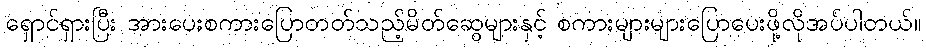
ရှောင်ရှားပြီး အားပေးစကားပြောတတ်သည့်မိတ်ဆွေများနှင့် စကားများများပြောပေးဖို့လိုအပ်ပါတယ်။